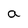
Character: a